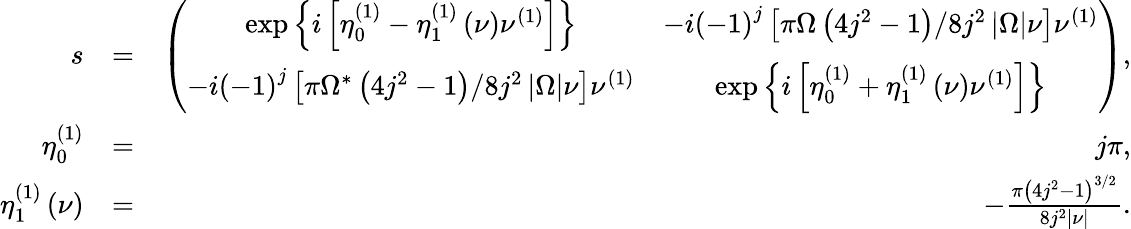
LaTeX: \begin{array}{rlr}{s}&{=}&{\left(\begin{array}{cc}{\exp\left\{ i\left[\eta_{0}^{\left(1\right)}-\eta_{1}^{\left(1\right)}\left(\nu\right)\nu^{\left(1\right)}\right]\right\} }&{-i\left(-1\right)^{j}\left[\pi\Omega\left(4j^{2}-1\right)/8j^{2}\left\vert\Omega\right\vert\nu\right]\nu^{\left(1\right)}}\\ {-i\left(-1\right)^{j}\left[\pi\Omega^{\ast}\left(4j^{2}-1\right)/8j^{2}\left\vert\Omega\right\vert\nu\right]\nu^{\left(1\right)}}&{\exp\left\{ i\left[\eta_{0}^{\left(1\right)}+\eta_{1}^{\left(1\right)}\left(\nu\right)\nu^{\left(1\right)}\right]\right\} }\end{array}\right),}\\ {\eta_{0}^{\left(1\right)}}&{=}&{j\pi,}\\ {\eta_{1}^{\left(1\right)}\left(\nu\right)}&{=}&{-\frac{\pi\left(4j^{2}-1\right)^{3/2}}{8j^{2}\left\vert\nu\right\vert}.}\end{array}